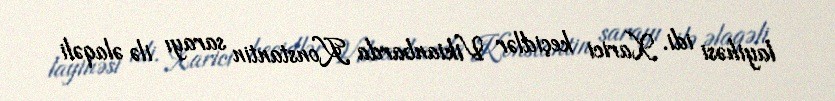
layihəsi idi. Xarici keçidlər Vikianbarda Konstantin sarayı ilə əlaqəli